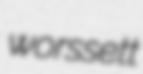
worssett